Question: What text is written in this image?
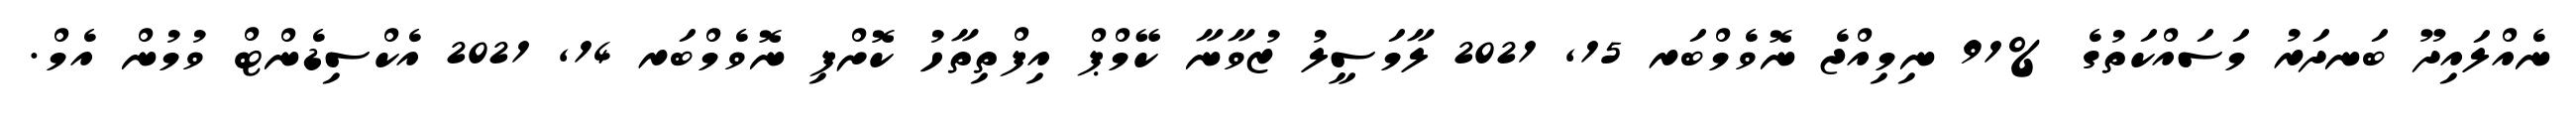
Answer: ނެއްލައިދޫ ބަނދަރު މަސައްކަތުގެ %91 ނިމިއްޖެ ނޮވެމްބަރ 15, 2021 ލާމަސީލު ޒުވާނާ ކޭމްޕް އިފްތިތާހު ކޮށްފި ނޮވެމްބަރ 14, 2021 އެކްސިޑެންޓް ވުމުން އެމް.